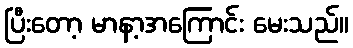
ပြီးတော့ မာနာ့အကြောင်း မေးသည်။